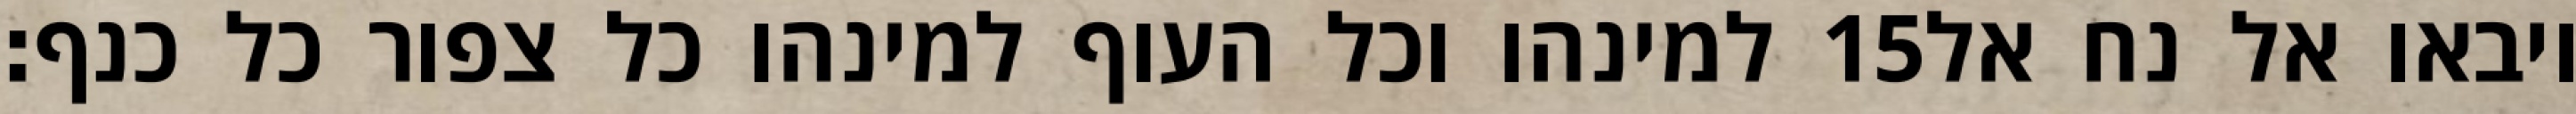
למינהו וכל העוף למינהו כל צפור כל כנף׃ ‎15‏ ויבאו אל נח אל